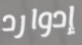
إدوارد